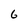
Character: 6